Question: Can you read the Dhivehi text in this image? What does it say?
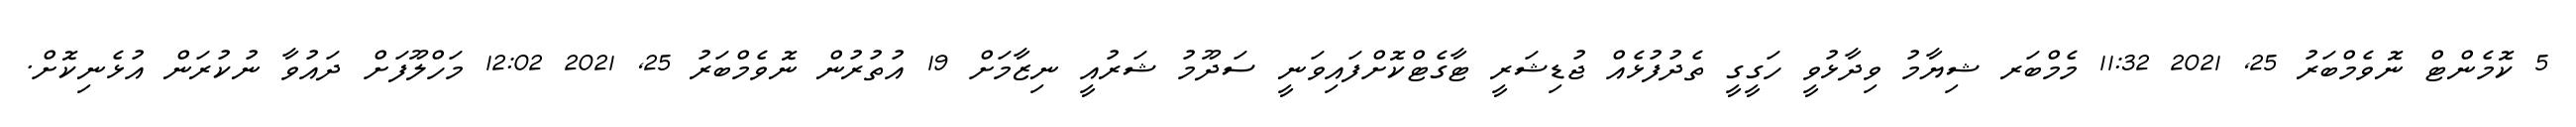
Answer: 5 ކޮމެންޓް ނޮވެމްބަރު 25, 2021 11:32 މެމްބަރ ޝިޔާމު ވިދާޅުވީ ހަގީގީ ތެދުފުޅެއް ޖުޑިޝަރީ ޓާގެޓްކޮށްފައިވަނީ ސަދޫމު ޝަރުއީ ނިޒާމަށް 19 އުތުރުން ނޮވެމްބަރު 25, 2021 12:02 މަހްލޫފަށް ދައުވާ ނުކުރަން އުޅެނިކޮށް.